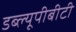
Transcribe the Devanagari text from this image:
डब्ल्यूपीबीटी